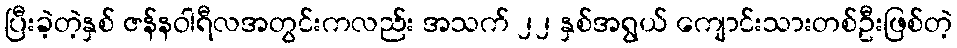
ပြီးခဲ့တဲ့နှစ် ဇန်နဝါရီလအတွင်းကလည်း အသက် ၂၂ နှစ်အရွယ် ကျောင်းသားတစ်ဦးဖြစ်တဲ့